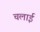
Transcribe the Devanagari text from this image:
चलार्इ